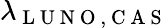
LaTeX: \lambda_{\mathrm{~L~U~N~O~,~C~A~S~}}